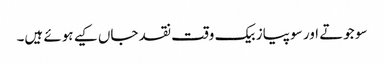
سو جوتے اور سو پیاز بیک وقت نقد جاں کیے ہوئے ہیں۔